Report of the Indian Hemp Drugs Commission, 1894-1895 - Volume V
Year: 1894
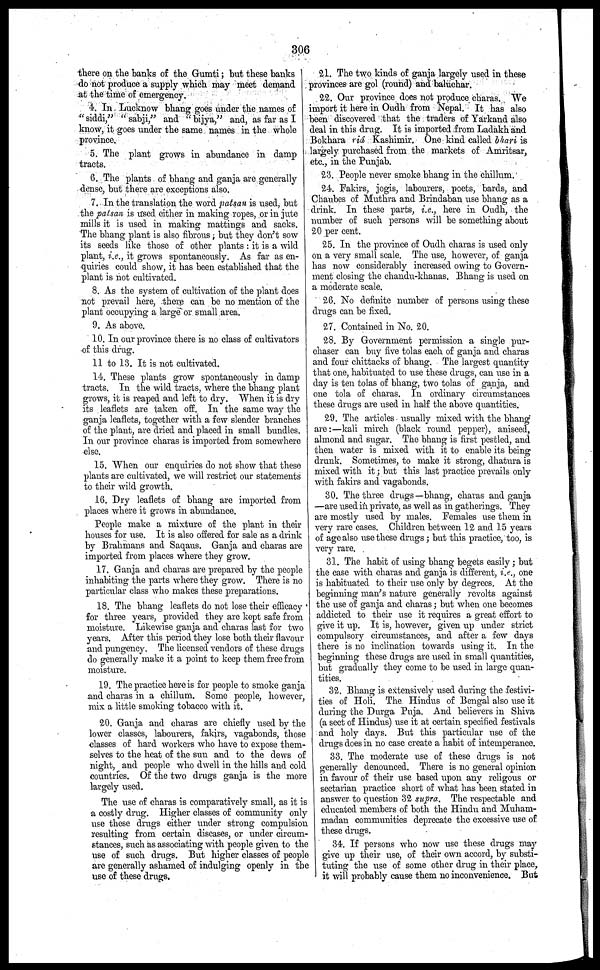
306
there on the banks of the Gumti; but these banks 1
do not produce a supply which may meet demand
at the time of emergency.
4. In Lucknow bhang goes under the names of
"siddi," "sabji," and "bijya," and, as far as I
know, it goes under the same names in the whole
province.
5. The plant grows in abundance in damp
tracts.
6. The plants of bhang and ganja are generally
dense, but there are exceptions also.
7. In the translation the word patsan is used, but
the patsan is used either in making ropes, or in jute
mills it is used in making mattings and sacks.
The bhang plant is also fibrous; but they don't sow
its seeds like those of other plants: it is a wild
plant, i.e., it grows spontaneously. As far as en-
quiries could show, it has been established that the
plant is not cultivated.
8. As the system of cultivation of the plant does
not prevail here, there can be no mention of the
plant occupying a large or small area.
9. As above.
10. In our province there is no class of cultivators
of this drug.
11 to 13. It is not cultivated.
14. These plants grow spontaneously in damp
tracts. In the wild tracts, where the bhang plant
grows, it is reaped and left to dry. When it is dry
its leaflets are taken off. In the same way the
ganja leaflets, together with a few slonder branches
of the plant, are dried and placed in small bundles.
In our province charas is imported from somewhere
else.
15. When our enquiries do not show that these
plants are cultivated, we will restrict our statements
to their wild growth.
16. Dry leaflets of bhang are imported from
places where it grows in abundance.
People make a mixture of the plant in their
houses for use. It is also offered for sale as a drink
by Brahmans and Saqaus. Ganja and charas are
imported from places where they grow.
17. Ganja and charas are prepared by the people
inhabiting the parts where they grow. There is no
particular class who makes these preparations.
18. The bhang leaflets do not lose their efficacy
for three years, provided they are kept safe from
moisture. Likewise ganja and charas last for two
years. After this period they lose both their flavour
and pungency. The licensed vendors of these drugs
do generally make it a point to keep them free from
moisture.
19. The practice here is for people to smoke ganja
and charas in a chillum. Some people, however,
mix a little smoking tobacco with it.
20. Ganja and charas are chiefly used by the
lower classes, labourers, fakirs, vagabonds, those
classes of hard workers who have to expose them-
selves to the heat of the sun and to the dews of
night, and people who dwell in the hills and cold
countries. Of the two drugs ganja is the more
largely used.
The use of charas is comparatively small, as it is
a costly drug. Higher classes of community only
use these drugs either under strong compulsion
resulting from certain diseases, or under circum-
stances, such as associating with people given to the
use of such drugs. But higher classes of people
arc generally ashamed of indulging openly in the
use of these drugs.
21. The two kinds of ganja largely used in these
provinces are gol (round) and baluchar.
22. Our province does not produce charas. We
import it here in Oudh from Nepal. It has also
been discovered that the traders of Yarkand also
deal in this drug. It is imported from Ladakh and
Bokhara riá Kashimir. One kind called bhari is
largely purchased from the markets of Amritsar,
etc., in the Punjab.
23. People never smoke bhang in the chillum.
24. Fakirs, jogis, labourers, poets, bards, and
Chaubes of Muthra and Brindaban use bhang as a
drink. In these parts, i.e., here in Oudh, the
number of such persons will be something about
20 per cent.
25. In the province of Oudh charas is used only
on a very small scale. The use, however, of ganja
has now considerably increased owing to Govern-
ment closing the chandu-khanas. Bhang is used on
a moderate scale.
26. No definite number of persons using these
drugs can be fixed.
27. Contained in No. 20.
28. By Government permission a single pur-
chaser can buy five tolas each of ganja and charas
and four chittacks of bhang. The largest quantity
that one, habituated to use these drugs, can use in a
day is ten tolas of bhang, two tolas of ganja, and
one tola of charas. In ordinary circumstances
these drugs are used in half the above quantities.
29. The articles usually mixed with the bhang
are:—kali mirch (black round pepper), aniseed,
almond and sugar. The bhang is first pestled, and
then water is mixed with it to enable its being
drunk. Sometimes, to make it strong, dhatura is
mixed with it; but this last practice prevails only
with fakirs and vagabonds.
30. The three drugs—bhang, charas and ganja
—are used in private, as well as in gatherings. They
are mostly used by males. Females use them in
very rare cases. Children between 12 and 15 years
of age also use these drugs; but this practice, too, is
very rare.
31. The habit of using bhang begets easily; but
the case with charas and ganja is different, i.e., one
is habituated to their use only by degrees. At the
beginning man's nature generally revolts against
the use of ganja and charas; but when one becomes
addicted to their use it requires a great effort to
give it up. It is, however, given up under strict
compulsory circumstances, and after a few days
there is no inclination towards using it. In the
beginning these drugs are used in small quantities,
but gradually they come to be used in large quan-
tities.
32. Bhang is extensively used during the festivi-
ties of Holi. The Hindus of Bengal also use it
during the Durga Puja. And believers in Shiva
(a sect of Hindus) use it at certain specified festivals
and holy days. But this particular use of the
drugs dees in no case create a habit of intemperance.
33. The moderate use of these drugs is not
generally denounced. There is no general opinion
in favour of their use based upon any religous or
sectarian practice short of what has been stated in
answer to question 32 supra. The respectable and
educated members of both the Hindu and Muham-
madan communities deprecate the excessive use of
these drugs.
34. If persons who now use these drugs may
give up their use, of their own accord, by substi-
tuting the use of some other drug in their place,
it will probably cause them no inconvenience. But